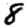
Digit: 8